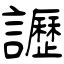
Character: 讈